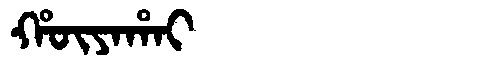
Manchu: ᡥᡡᠶᠠᡥᠠᡳ
Romanization: HŪYAHAI